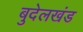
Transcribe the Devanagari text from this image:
बुदेलखंड